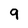
Character: 9